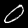
Digit: 0